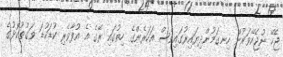
ޖެހޭ ނުޖެހޭވަރުން ހިނގަމުންދިޔައިރުގައިވެސް އަހަރެންގެ ހިތުގައި ރޭގެ އެ އުފާވެރި ކުޑަކުޑަ ވަގުތުކޮޅުގެ